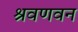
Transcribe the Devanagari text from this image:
श्रवणवन